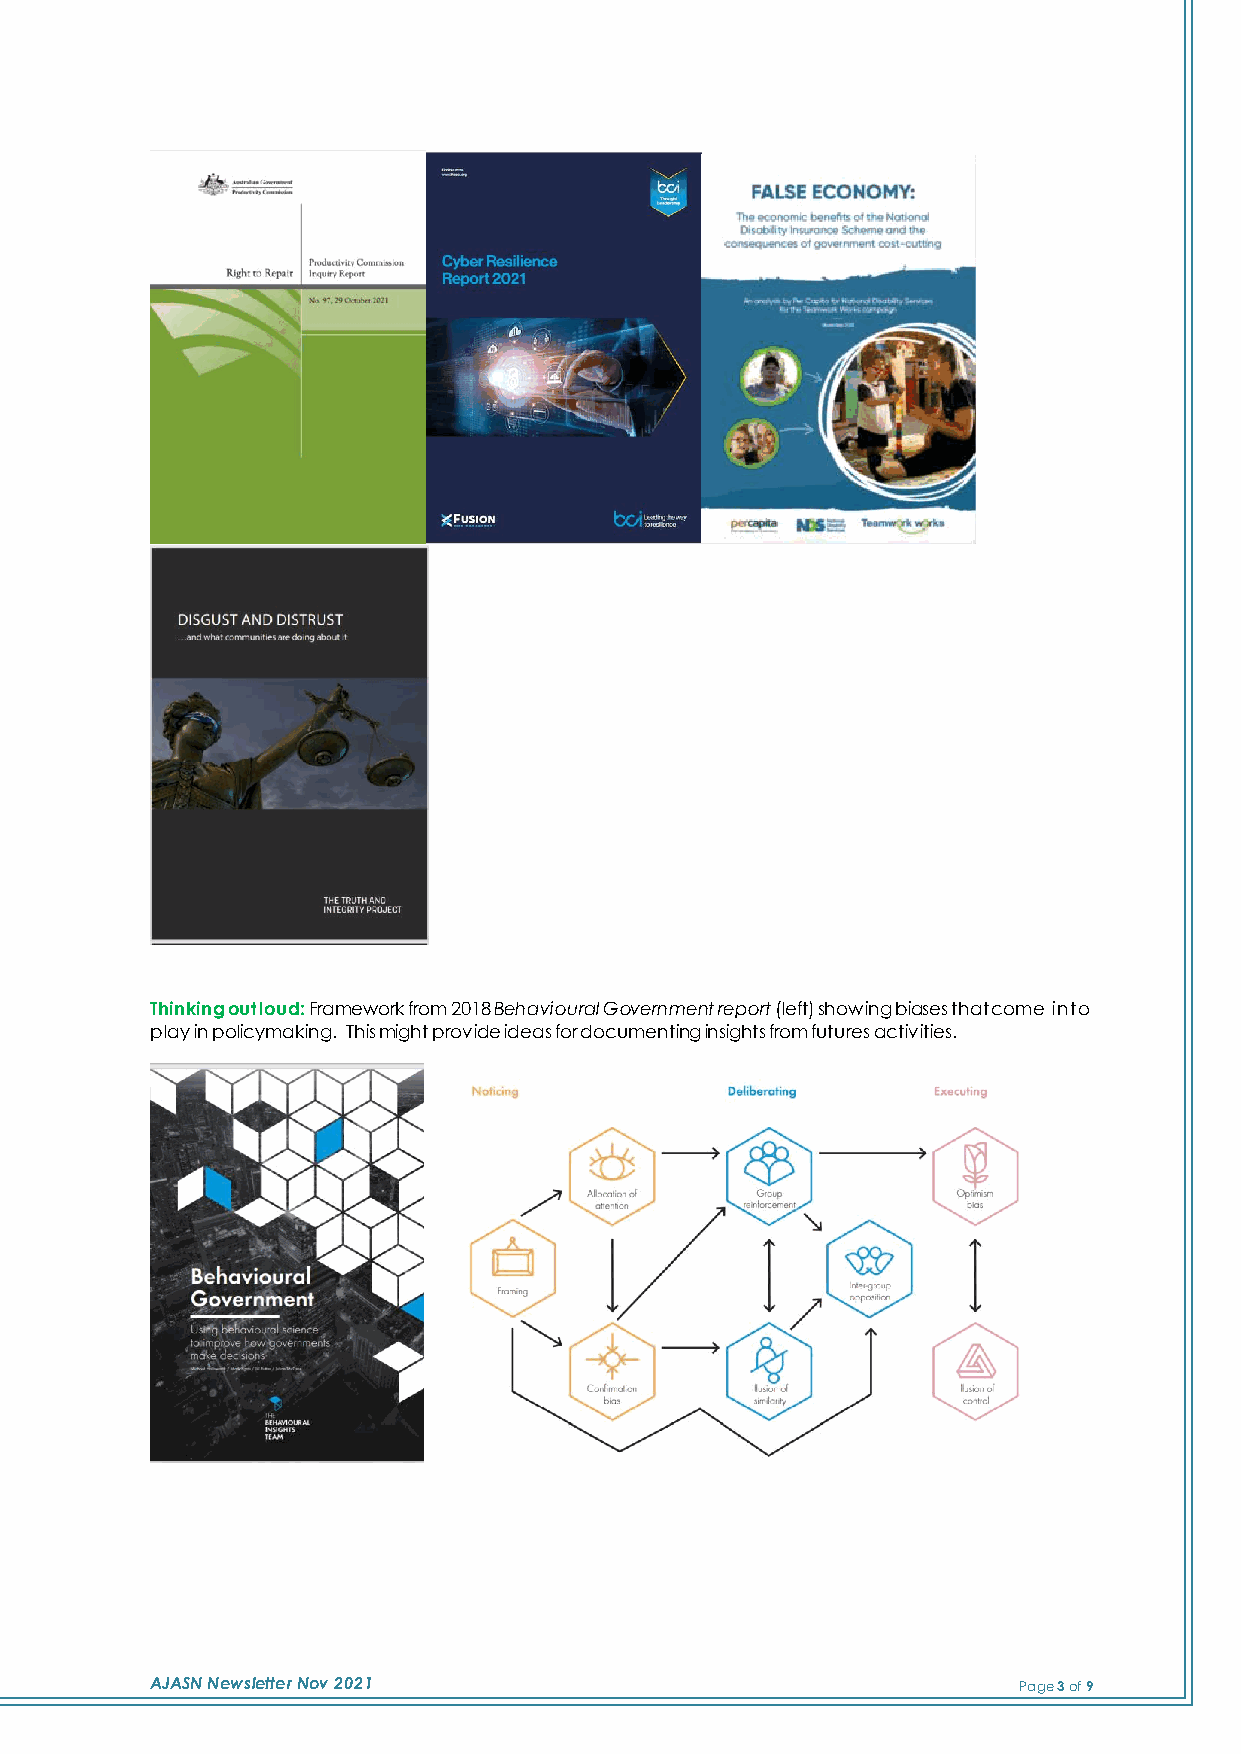
Thinking out loud: Framework from 2018 Behavioural Government report (left) showing biases that come into
 play in policymaking. This might provide ideas for documenting insights from futures activities.
 AJASN Newsletter Nov 2021                                Page 3 of 9